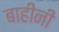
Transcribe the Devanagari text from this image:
बाहीनी